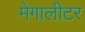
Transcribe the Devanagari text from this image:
मेगालीटर